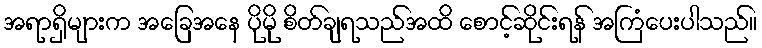
အရာရှိများက အခြေအနေ ပိုမို စိတ်ချရသည်အထိ စောင့်ဆိုင်းရန် အကြံပေးပါသည်။